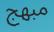
مبھج